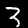
Label: 3